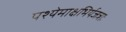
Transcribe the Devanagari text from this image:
पश्येमाक्षभिर्यजत्राः